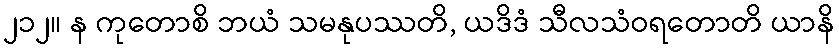
၂၁၂။ န ကုတောစိ ဘယံ သမနုပဿတိ, ယဒိဒံ သီလသံဝရတောတိ ယာနိ